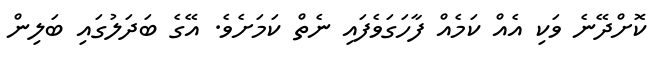
ކޮށްދޭނެ ވަކި އެއް ކަމެއް ފާހަގަވެފައި ނެތް ކަމަށެވެ. އޭގެ ބަދަލުގައި ބަލިން